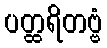
ပတ္ထရိတဗ္ဗံ